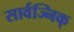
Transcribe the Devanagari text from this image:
सार्वज्निक्